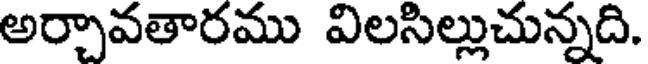
అర్చావతారము విలసిల్లుచున్నది.